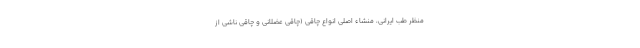
منظر طب ایرانی، منشاء اصلی انواع چاقی (چاقی عضلانی و چاقی ناشی از